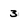
Character: 3